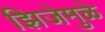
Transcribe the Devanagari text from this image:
झिजेमुळे